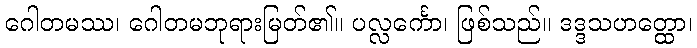
ဂေါတမဿ၊ ဂေါတမဘုရားမြတ်၏။ ပလ္လင်္ကော၊ ဖြစ်သည်။ ဒဒ္ဒသဟတ္ထော၊